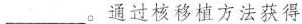
___。通过核移植方法获得